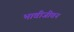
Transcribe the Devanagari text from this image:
भावीजीवन